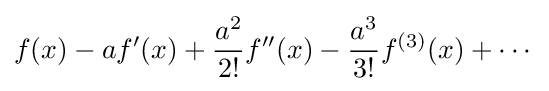
f(x)-af'(x)+{\frac {a^{2}}{2!}}f''(x)-{\frac {a^{3}}{3!}}f^{(3)}(x)+\cdots